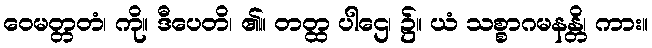
ဝေမတ္တတံ၊ ကို။ ဒီပေတိ၊ ၏။ တတ္ထ ပါဌေ၊ ၌။ ယံ သစ္စာဂမနန္တိ၊ ကား။